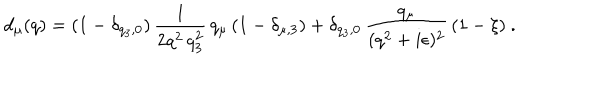
LaTeX: d _ { \mu } ( q ) = ( 1 - \delta _ { q _ { 3 } , 0 } ) \, \frac { 1 } { 2 q ^ { 2 } \, q _ { 3 } ^ { 2 } } \, q _ { \mu } \left( 1 - \delta _ { \mu , 3 } \right) + \delta _ { q _ { 3 } , 0 } \, \frac { q _ { \mu } } { ( q ^ { 2 } + i \epsilon ) ^ { 2 } } \, ( 1 - \xi ) \ .